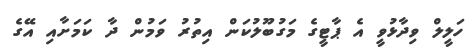
ހަލީލް ވިދާޅުވީ އެ ޕާޓީގެ މަގުބޫލުކަން އިތުރު ވަމުން ދާ ކަމަށާއި އޭގެ